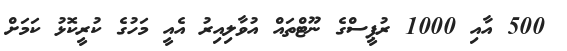
500 އާއި 1000 ރުޕީސްގެ ނޫޓްތައް އުވާލިއިރު އެއީ މަހުގެ ކުރީކޮޅު ކަމަށް